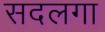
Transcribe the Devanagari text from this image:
सदलगा